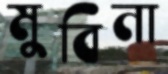
মুবিনা